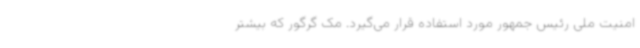
امنیت ملی رئیس جمهور مورد استفاده قرار می‌گیرد. مک گرگور که بیشتر